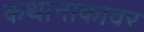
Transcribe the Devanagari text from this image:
कथानाकावर